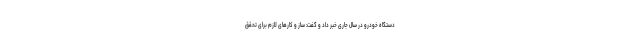
دستگاه خودرو در سال جاری خبر داد و گفت: ساز و کارهای لازم برای تحقق